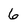
Character: 6